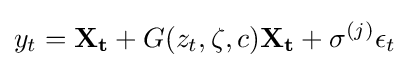
y_{t}=\mathbf {X_{t}} +G(z_{t},\zeta ,c)\mathbf {X_{t}} +\sigma ^{(j)}\epsilon _{t}